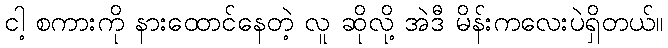
ငါ့ စကားကို နားထောင်နေတဲ့ လူ ဆိုလို့ အဲဒီ မိန်းကလေးပဲရှိတယ်။